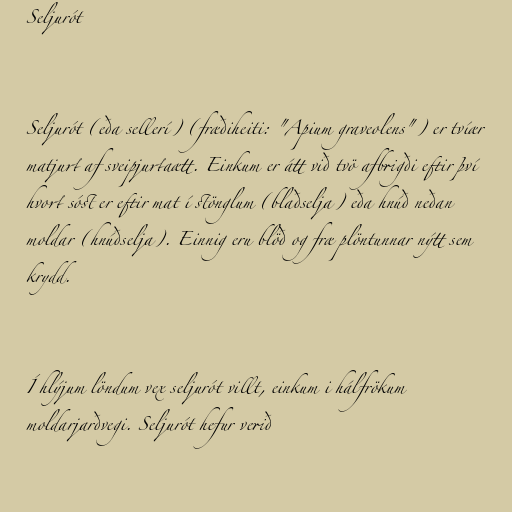
Seljurót

Seljurót (eða sellerí) (fræðiheiti: "Apium graveolens") er tvíær
matjurt af sveipjurtaætt. Einkum er átt við tvö afbrigði eftir því
hvort sóst er eftir mat í stönglum (blaðselja) eða hnúð neðan
moldar (hnúðselja). Einnig eru blöð og fræ plöntunnar nýtt sem
krydd.

Í hlýjum löndum vex seljurót villt, einkum i hálfrökum
moldarjarðvegi. Seljurót hefur verið